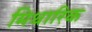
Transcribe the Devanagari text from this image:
मिथारिक